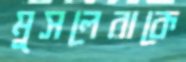
মুসলেরাকে